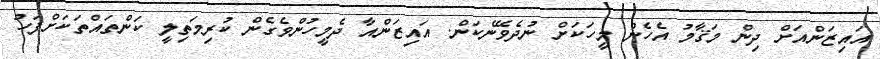
އައިޒަންއަށް ދިން މަޤާމު އެހެން މީހަކަށް ނުދެވޭނެކަން. އައިޒަންއާ ދެމީހުންވެގެން ކުރިމަތިލީ ކަންތައްތަކަށްފަހު